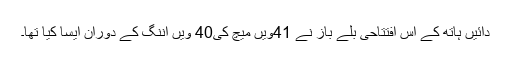
دائیں ہاتھ کے اس افتتاحی بلے باز نے 41ویں میچ کی40 ویں اننگ کے دوران ایسا کیا تھا۔